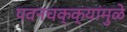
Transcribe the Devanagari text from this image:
पवनचक्‍क्‍यांमुळे